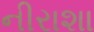
નીરાશા